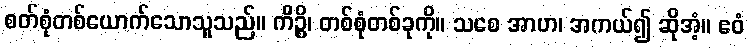
စတ်စုံတစ်ယောက်သောသူသည်။ ကိဉ္စိ၊ တစ်စုံတစ်ခုကို။ သစေ အာဟ၊ အကယ်၍ ဆိုအံ့။ ဧဝံ